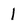
Character: 1